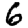
Digit: 6